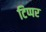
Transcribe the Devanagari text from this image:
टिप्पर